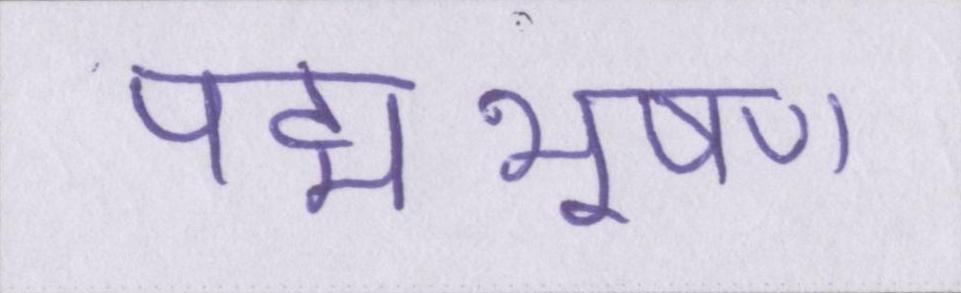
पद्मभूषण